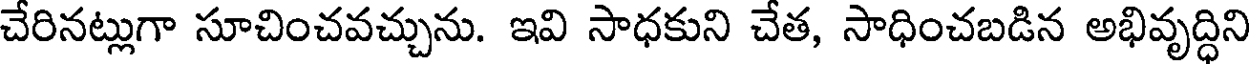
చేరినట్లుగా సూచించవచ్చును. ఇవి సాధకుని చేత, సాధించబడిన అభివృద్ధిని